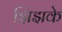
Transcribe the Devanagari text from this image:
झिझके